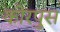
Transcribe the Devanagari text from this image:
कोरपुस